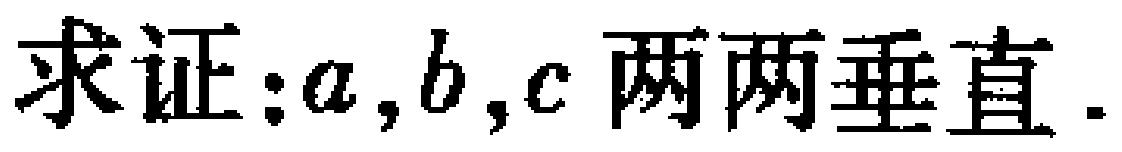
求证:\(a,b,c\)两两垂直.